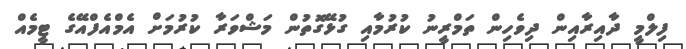
ފިލްމީ ދާއިރާއިން ދިވެހިން ތަމްރީނު ކުރުމާއި ގުޅޭގޮތުން މަޝްވަރާ ކުރުމަށް އެމްއެފްއޭގެ ޓީމެއް